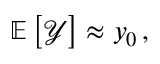
\mathbb { E } \left[ \mathcal { Y } \right] \approx \mathnormal { y } _ { 0 } \, ,